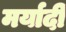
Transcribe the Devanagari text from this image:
मर्यादी